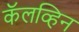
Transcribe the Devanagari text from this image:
कॅलव्हिन